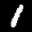
Label: 1